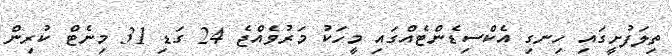
ތިލަފުށީގައި ހިނގި އެކްސިޑެންޓެެއްގައި މީހަކު މަރުވެއްޖެ 24 ގަޑި 31 މިނެޓް ކުރިން